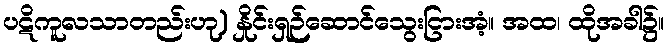
ပဋိကူလသာတည်းဟု) နှိုင်းရှဉ်ဆောင်သွေးငြားအံ့။ အထ၊ ထိုအခါ၌။